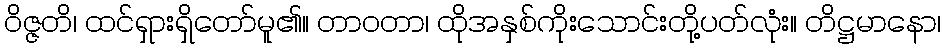
ဝိဇ္ဇတိ၊ ထင်ရှားရှိတော်မူ၏။ တာဝတာ၊ ထိုအနှစ်ကိုးသောင်းတို့ပတ်လုံး။ တိဋ္ဌမာနော၊